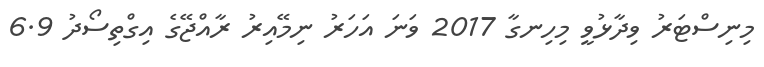
މިނިސްޓަރު ވިދާޅުވީ މިހިނގާ 2017 ވަަނަ އަހަރު ނިމޭއިރު ރާއްޖޭގެ އިގްތިސޯދު 6.9